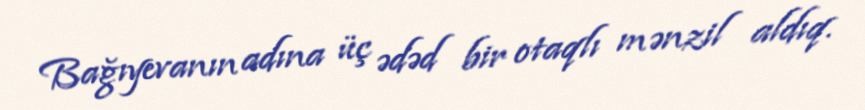
Bağıyevanın adına üç ədəd bir otaqlı mənzil aldıq.